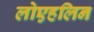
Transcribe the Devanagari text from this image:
लोएहलिन